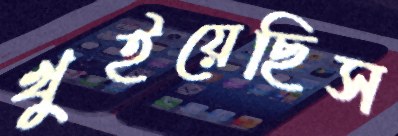
খুইয়েছিস